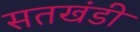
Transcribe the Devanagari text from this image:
सतखंडी